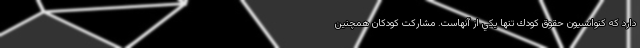
دارد كه كنوانسيون حقوق كودك تنها يكي از آنهاست. مشاركت كودكان همچنين